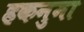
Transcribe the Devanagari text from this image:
हकनुमा